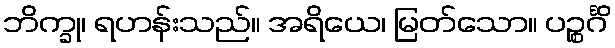
ဘိက္ခု၊ ရဟန်းသည်။ အရိယေ၊ မြတ်သော။ ပဉ္စင်္ဂိ